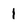
Character: 1